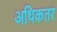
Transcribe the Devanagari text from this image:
अथिकतर